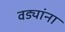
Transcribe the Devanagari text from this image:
वड्यांना